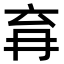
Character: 𭁩